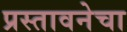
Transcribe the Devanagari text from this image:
प्रस्तावनेचा